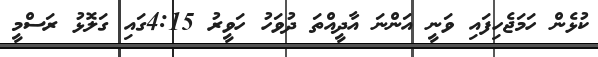
ކުޅެން ހަމަޖެހިފައި ވަނީ އަންނަ އާދީއްތަ ދުވަހު ހަވީރު 4:15ގައި ގަލޮޅު ރަސްމީ